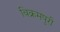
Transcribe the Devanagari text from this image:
विक्रमपुरी